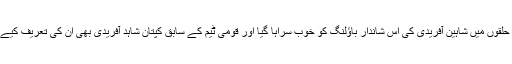
کرکٹ کے تمام حلقوں میں شاہین آفریدی کی اس شاندار باؤلنگ کو خوب سراہا گیا اور قومی ٹیم کے سابق کپتان شاہد آفریدی بھی ان کی تعریف کیے بنا نہ رہ سکے۔